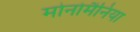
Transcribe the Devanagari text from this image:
मोनोमैनिया